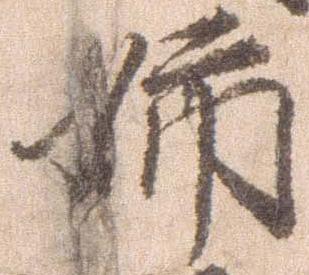
姉